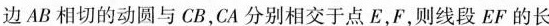
边AB相切的动圆与CB，CA分别相交于点E，F，则线段EF的长